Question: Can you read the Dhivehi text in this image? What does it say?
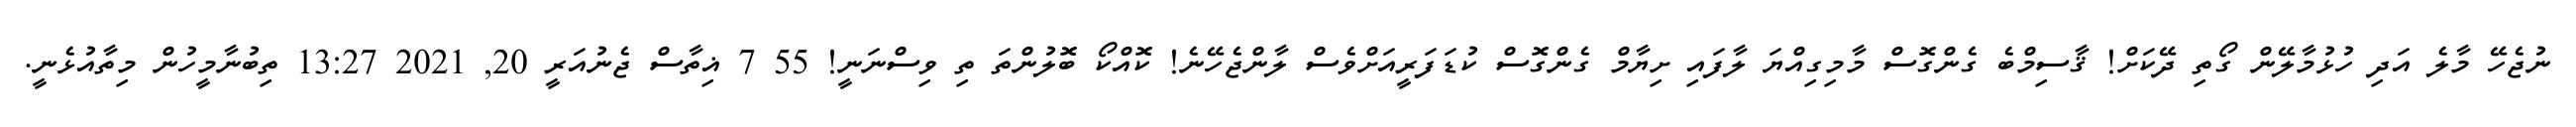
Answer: ނުޖެހޭ މާލެ އަދި ހުޅުމާލޭން ގޯތި ދޭކަށް! ޤާސިމްބެ ގެންގޮސް މާމިގިއްޔަ ލާފައި ށިޔާމް ގެންގޮސް ކުޑަފަރީއަށްވެސް ލާންޖެހޭނެ! ކޮއްކޯ ބޮލުންތަ ތި ވިސްނަނީ! 55 7 ޣިތާސް ޖެނުއަރީ 20, 2021 13:27 ތިބުނާމީހުން މިތާއުޅެނީ.